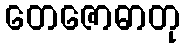
တေဇောဓာတု